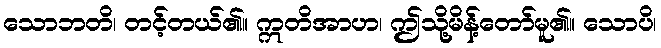
သောဘတိ၊ တင့်တယ်၏။ ဣတိအာဟ၊ ဤသို့မိန့်တော်မူ၏။ သောပိ၊